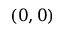
( 0 , 0 )